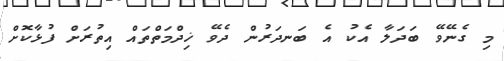
މި ގެނޭވޭ ބަދަލާ އެކު އެ ބަނދަރުން ދެވޭ ޚިދްމަތްތައް އިތުރަށް ފުޅާކޮށް